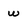
Character: w